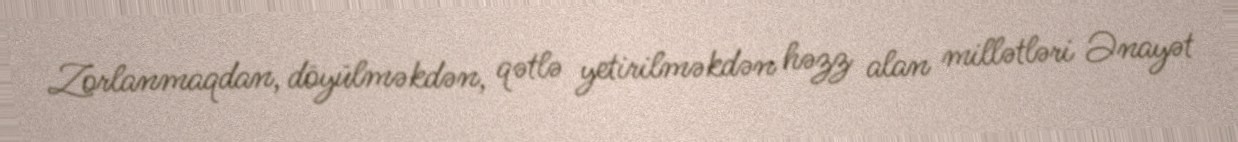
Zorlanmaqdan, döyülməkdən, qətlə yetirilməkdən həzz alan millətləri Ənayət